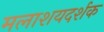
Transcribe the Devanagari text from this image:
मलाशयदर्शक